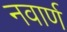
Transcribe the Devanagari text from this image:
नवार्ण